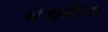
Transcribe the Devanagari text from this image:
बेथमैन